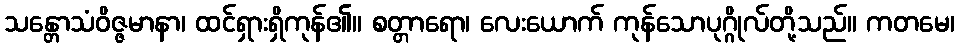
သန္တောသံဝိဇ္ဇမာနာ၊ ထင်ရှားရှိကုန်၏။ စတ္တာရော၊ လေးယောက် ကုန်သောပုဂ္ဂိုလ်တို့သည်။ ကတမေ၊